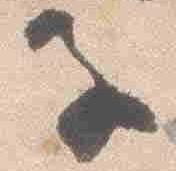
子